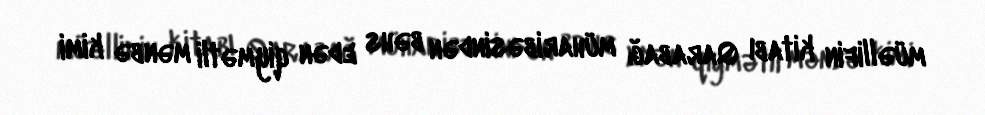
müəllifin kitabı Qarabağ müharibəsindən bəhs edən qiymətli mənbə kimi